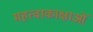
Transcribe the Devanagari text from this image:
महत्वाकाक्षाओं